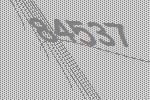
84537